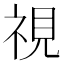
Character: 視